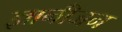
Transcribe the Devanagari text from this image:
ज्ञानीजन